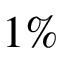
1 \%